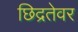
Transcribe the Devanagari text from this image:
छिद्रतेवर